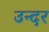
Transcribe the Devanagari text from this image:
उन्दर